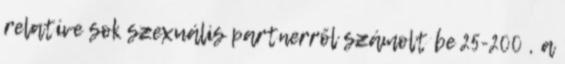
relatíve sok szexuális partnerről számolt be 25-200 , a